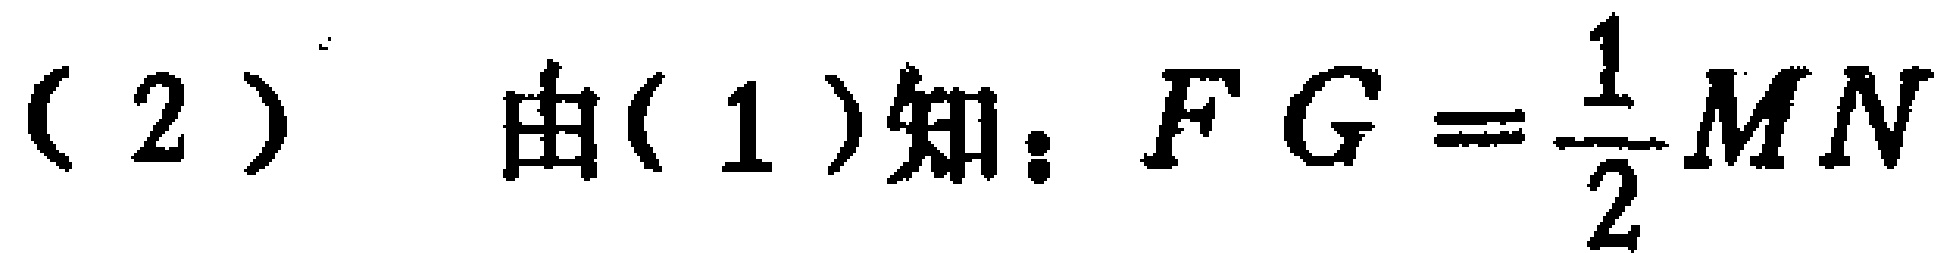
（2）由(1)知：\(FG = \frac{1}{2}MN\)